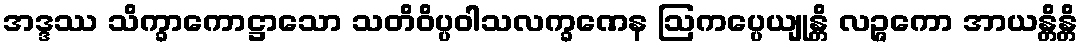
အဒ္ဒဿ သိက္ခာကောဋ္ဌာသော သတိဝိပ္ပဝါသလက္ခဏေန ဩကပ္ပေယျုန္တိ လဉ္ဇကော အာယန္တိန္တိ